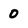
Character: 0